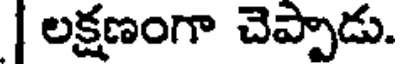
| లక్షణంగా చెప్పాడు.